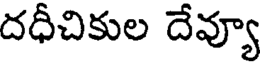
దధీచికుల దేవ్యూ